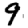
Digit: 9